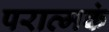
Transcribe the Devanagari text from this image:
परात्मकं